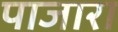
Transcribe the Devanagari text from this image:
पाजारा